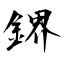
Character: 鎅